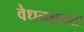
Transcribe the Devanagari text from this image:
वेधनक्षमता